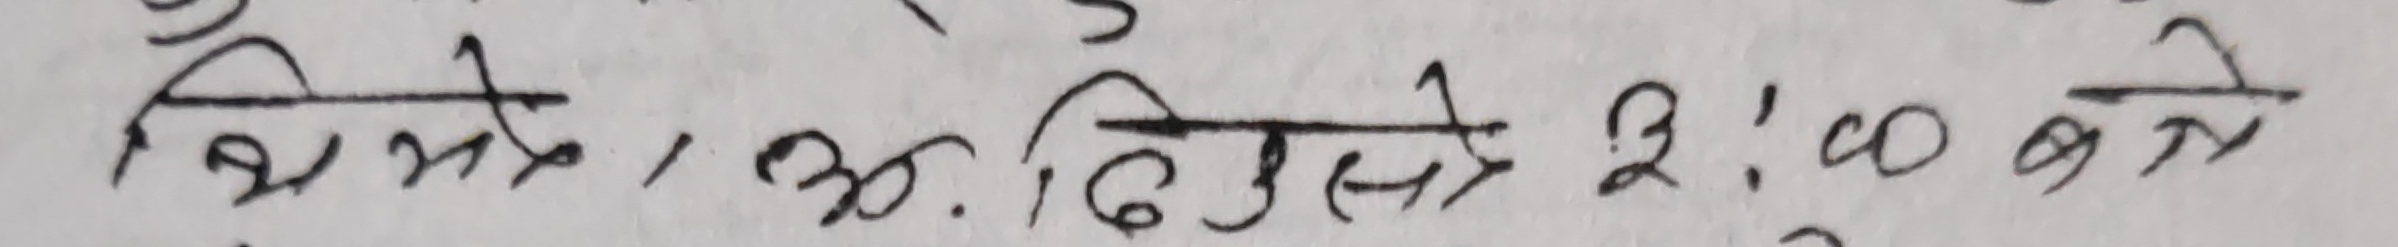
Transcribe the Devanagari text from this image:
अमितै, ३०. ढिकुस्ते २:०० बजे